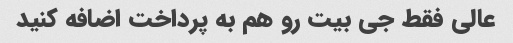
عالی فقط جی بیت رو هم به پرداخت اضافه کنید